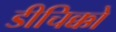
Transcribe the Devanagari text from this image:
डीचिक्को